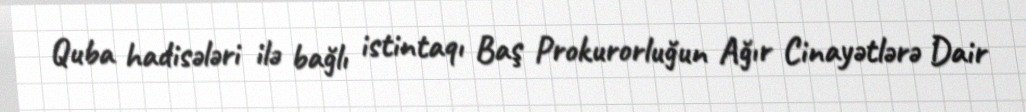
Quba hadisələri ilə bağlı istintaqı Baş Prokurorluğun Ağır Cinayətlərə Dair